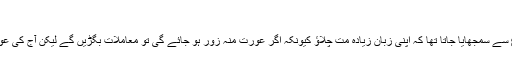
‘
انہوں نے یہ بھی کہا کہ ’ہمارے زمانے میں عورت کو شروع سے سمجھایا جاتا تھا کہ اپنی زبان زیادہ مت چلاؤ کیونکہ اگر عورت منہ زور ہو جائے گی تو معاملات بگڑیں گے لیکن آج کی عورت ساس اور شوہر پر حکمرانی کرنے کی کوشش کرتی ہے۔